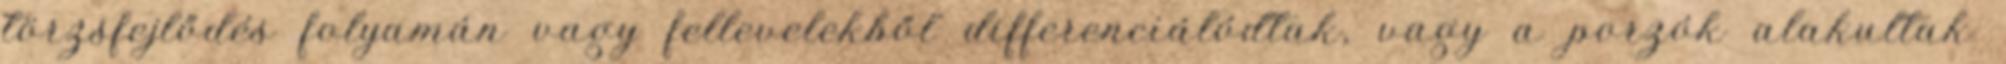
törzsfejlődés folyamán vagy fellevelekből differenciálódtak, vagy a porzók alakultak